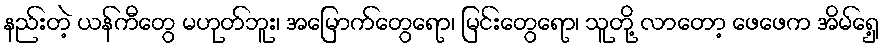
နည်းတဲ့ ယန်ကီတွေ မဟုတ်ဘူး၊ အမြောက်တွေရော၊ မြင်းတွေရော၊ သူတို့ လာတော့ ဖေဖေက အိမ်ရှေ့